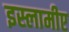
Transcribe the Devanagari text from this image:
इस्लामीए